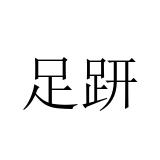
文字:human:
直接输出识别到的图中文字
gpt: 足趼